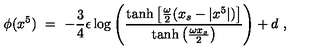
\phi ( x ^ { 5 } ) \ = \ - \frac { 3 } { 4 } \epsilon \log \left( \frac { \tanh \left[ \frac { \omega } { 2 } ( x _ { s } - | x ^ { 5 } | ) \right] } { \tanh \left( \frac { \omega x _ { s } } { 2 } \right) } \right) + d \ ,